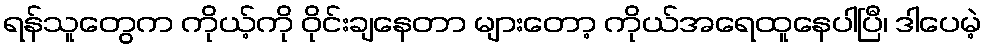
ရန်သူတွေက ကိုယ့်ကို ဝိုင်းချနေတာ များတော့ ကိုယ်အရေထူနေပါပြီ၊ ဒါပေမဲ့